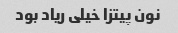
نون پیتزا خیلی ریاد بود